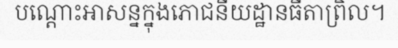
បណ្តោះអាសន្នក្នុងភោជនីយដ្ឋានធីតាព្រិល។